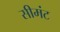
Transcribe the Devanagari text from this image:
सीमंट